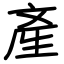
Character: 產